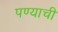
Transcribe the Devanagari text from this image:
पण्याची